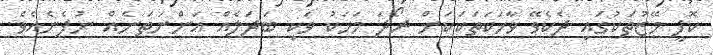
ކޮފީ މޭޒުތަކުގައި ދެކެވޭ ވާހަކަތަކަކަށް ރޯދަ މަހަކު ވަކި ބަދަލެއް އަންނަތަނެއް ނުފެނެއެވެ.